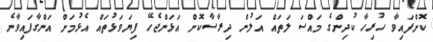
ކޮށްފައިވާ ހުރިހާ ކުދިންގެ މައްސަަލަތައް އަލުން ދިރާސާކޮށް އަޅަންޖެހޭ ފިޔަވަޅުތައް އެޅުމަށް އަންގާފައިވާނެ